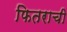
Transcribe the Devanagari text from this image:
फितराची